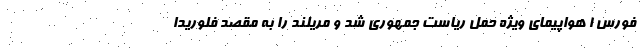
فورس 1 هواپیمای ویژه حمل ریاست جمهوری شد و مریلند را به مقصد فلوریدا